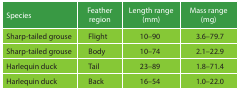
<table><thead><tr><td><b>Species</b></td><td><b>Feather region</b></td><td><b>Length range (mm)</b></td><td><b>Mass range (mg)</b></td></tr></thead><tbody><tr><td>Sharp-tailed grouse</td><td>Flight</td><td>10–90</td><td>3.6–79.7</td></tr><tr><td>Sharp-tailed grouse</td><td>Body</td><td>10–74</td><td>2.1–22.9</td></tr><tr><td>Harlequin duck</td><td>Tail</td><td>23–89</td><td>1.8–71.4</td></tr><tr><td>Harlequin duck</td><td>Back</td><td>16–54</td><td>1.0–22.0</td></tr></tbody></table>